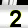
Digit: 2